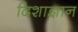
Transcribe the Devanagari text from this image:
दिशाज्ञान